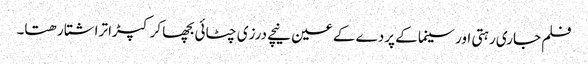
فلم جاری رہتی اور سینما کے پردے کے عین نیچے درزی چٹائی بچھا کر کپڑا تراشتا رھتا۔